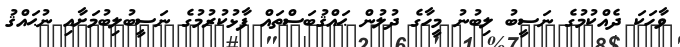
ވާހަކަ ދެއްކުމުގެ ނަސީބު ލިބުނު މީހާގެ ދުލުން ޙައްޤުބަސްތައް ފާޅުކުރުމުގެ ނަސީބުލިބުމަށާއި ނުޙައްޤު